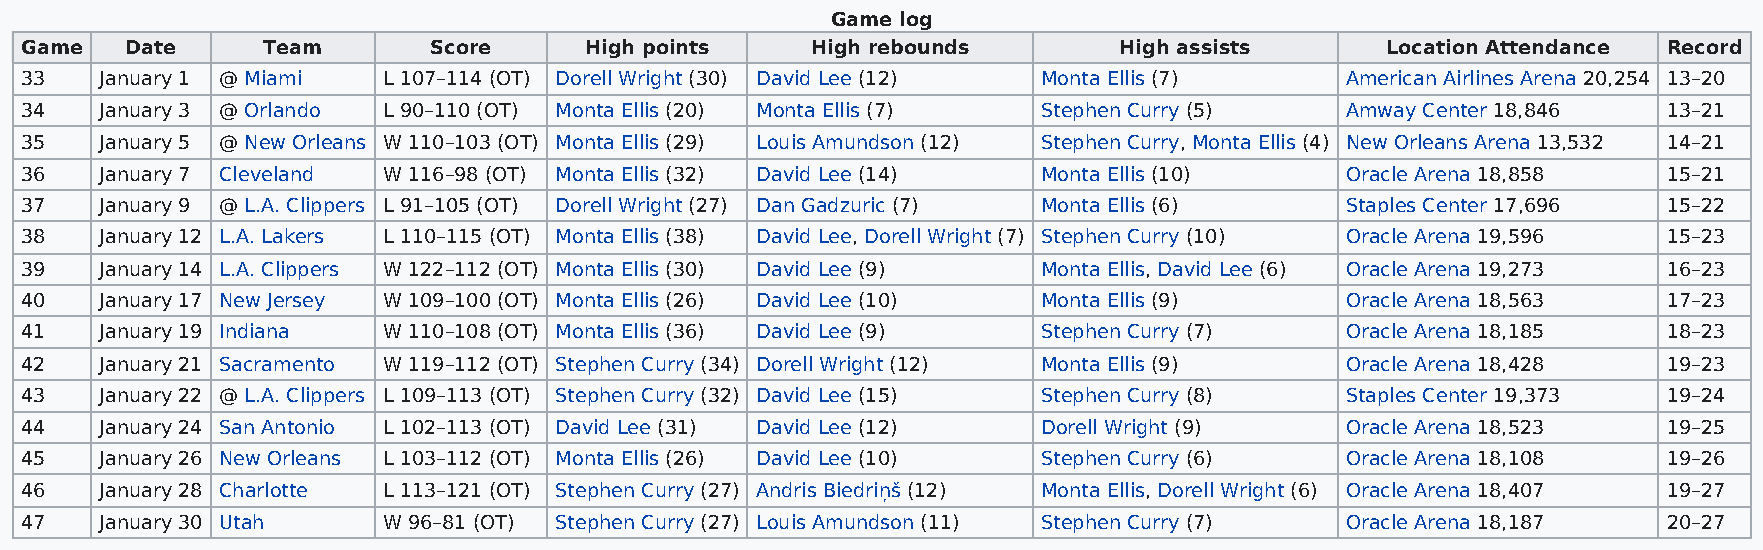
Game log
 Game   Date     Team       Score      High points    High rebounds       High assists      Location Attendance Record
 33    January 1 @ Miami L 107–114 (OT) Dorell Wright (30) David Lee (12) Monta Ellis (7) American Airlines Arena 20,254 13–20
 34    January 3 @ Orlando L 90–110 (OT) Monta Ellis (20) Monta Ellis (7) Stephen Curry (5) Amway Center 18,846 13–21
 35    January 5 @ New Orleans W 110–103 (OT) Monta Ellis (29) Louis Amundson (12) Stephen Curry, Monta Ellis (4) New Orleans Arena 13,532 14–21
 36    January 7 Cleveland W 116–98 (OT) Monta Ellis (32) David Lee (14) Monta Ellis (10) Oracle Arena 18,858 15–21
 37    January 9 @ L.A. Clippers L 91–105 (OT) Dorell Wright (27) Dan Gadzuric (7) Monta Ellis (6) Staples Center 17,696 15–22
 38    January 12 L.A. Lakers L 110–115 (OT) Monta Ellis (38) David Lee, Dorell Wright (7) Stephen Curry (10) Oracle Arena 19,596 15–23
 39    January 14 L.A. Clippers W 122–112 (OT) Monta Ellis (30) David Lee (9) Monta Ellis, David Lee (6) Oracle Arena 19,273 16–23
 40    January 17 New Jersey W 109–100 (OT) Monta Ellis (26) David Lee (10) Monta Ellis (9) Oracle Arena 18,563 17–23
 41    January 19 Indiana W 110–108 (OT) Monta Ellis (36) David Lee (9) Stephen Curry (7) Oracle Arena 18,185 18–23
 42    January 21 Sacramento W 119–112 (OT) Stephen Curry (34) Dorell Wright (12) Monta Ellis (9) Oracle Arena 18,428 19–23
 43    January 22 @ L.A. Clippers L 109–113 (OT) Stephen Curry (32) David Lee (15) Stephen Curry (8) Staples Center 19,373 19–24
 44    January 24 San Antonio L 102–113 (OT) David Lee (31) David Lee (12) Dorell Wright (9) Oracle Arena 18,523 19–25
 45    January 26 New Orleans L 103–112 (OT) Monta Ellis (26) David Lee (10) Stephen Curry (6) Oracle Arena 18,108 19–26
 46    January 28 Charlotte L 113–121 (OT) Stephen Curry (27) Andris Biedriņš (12) Monta Ellis, Dorell Wright (6) Oracle Arena 18,407 19–27
 47    January 30 Utah   W 96–81 (OT) Stephen Curry (27) Louis Amundson (11) Stephen Curry (7) Oracle Arena 18,187 20–27